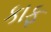
કાફ